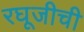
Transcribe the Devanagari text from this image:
रघूजीची